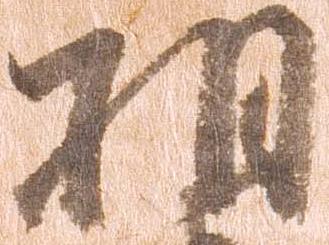
相